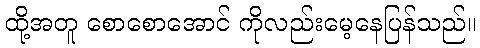
ထို့အတူ စောစောအောင် ကိုလည်းမေ့နေပြန်သည်။